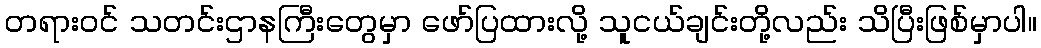
တရားဝင် သတင်းဌာနကြီးတွေမှာ ဖော်ပြထားလို့ သူငယ်ချင်းတို့လည်း သိပြီးဖြစ်မှာပါ။